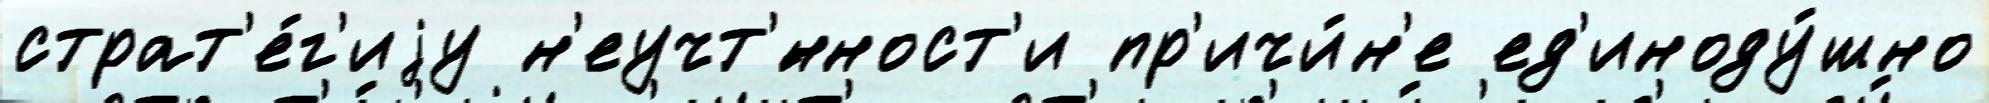
страт'е́г'иjу н'еучт'́нност'и пр'ичи́н'е ед'иноду́шно